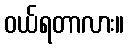
ဝယ်ရတာလား။